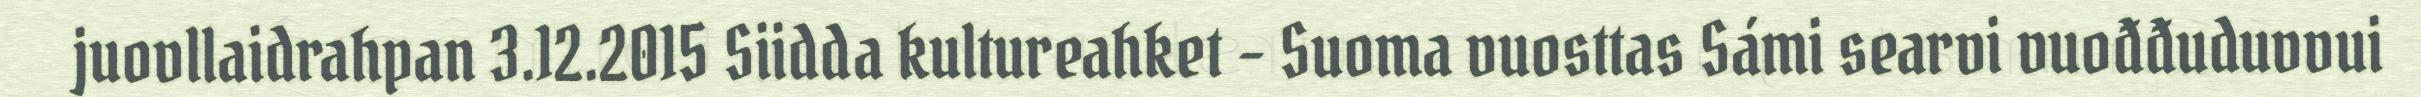
juovllaidrahpan 3.12.2015 Siidda kultureahket – Suoma vuosttas Sámi searvi vuođđuduvvui